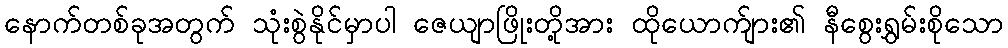
နောက်တစ်ခုအတွက် သုံးစွဲနိုင်မှာပါ ဇေယျာဖြိုးတို့အား ထိုယောက်ျား၏ နီစွေးရွှမ်းစိုသော